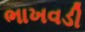
ભાખવડી